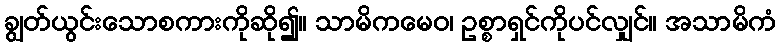
ချွတ်ယွင်းသောစကားကိုဆို၍။ သာမိကမေဝ၊ ဥစ္စာရှင်ကိုပင်လျှင်။ အသာမိကံ